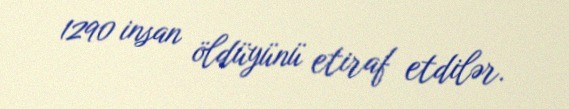
1290 insan öldüyünü etiraf etdilər.